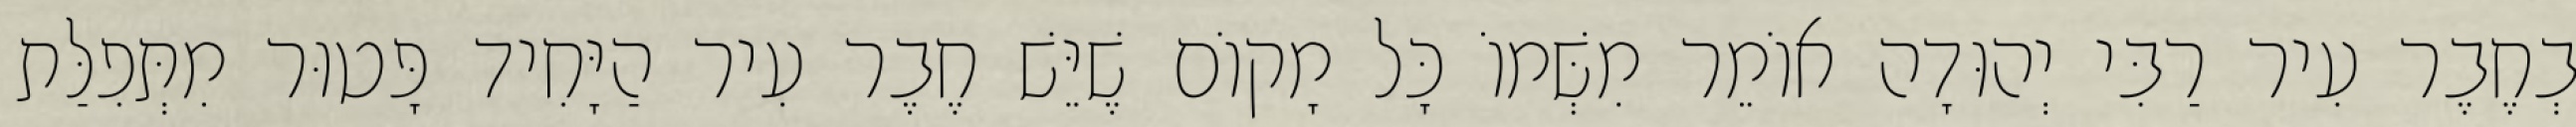
בְחֶבֶר עִיר רַבִּי יְהוּדָה אוֹמֵר מִשְּׁמוֹ כָּל מָקוֹם שֶׁיֵּשׁ חֶבֶר עִיר הַיָּחִיד פָּטוּר מִתְּפִלַּת